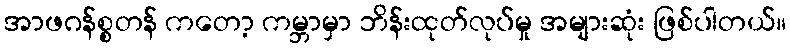
အာဖဂန်စ္စတန် ကတော့ ကမ္ဘာမှာ ဘိန်းထုတ်လုပ်မှု အများဆုံး ဖြစ်ပါတယ်။